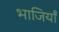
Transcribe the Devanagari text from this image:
भाजियाँ